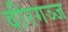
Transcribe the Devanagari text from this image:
वीरगञ्ज